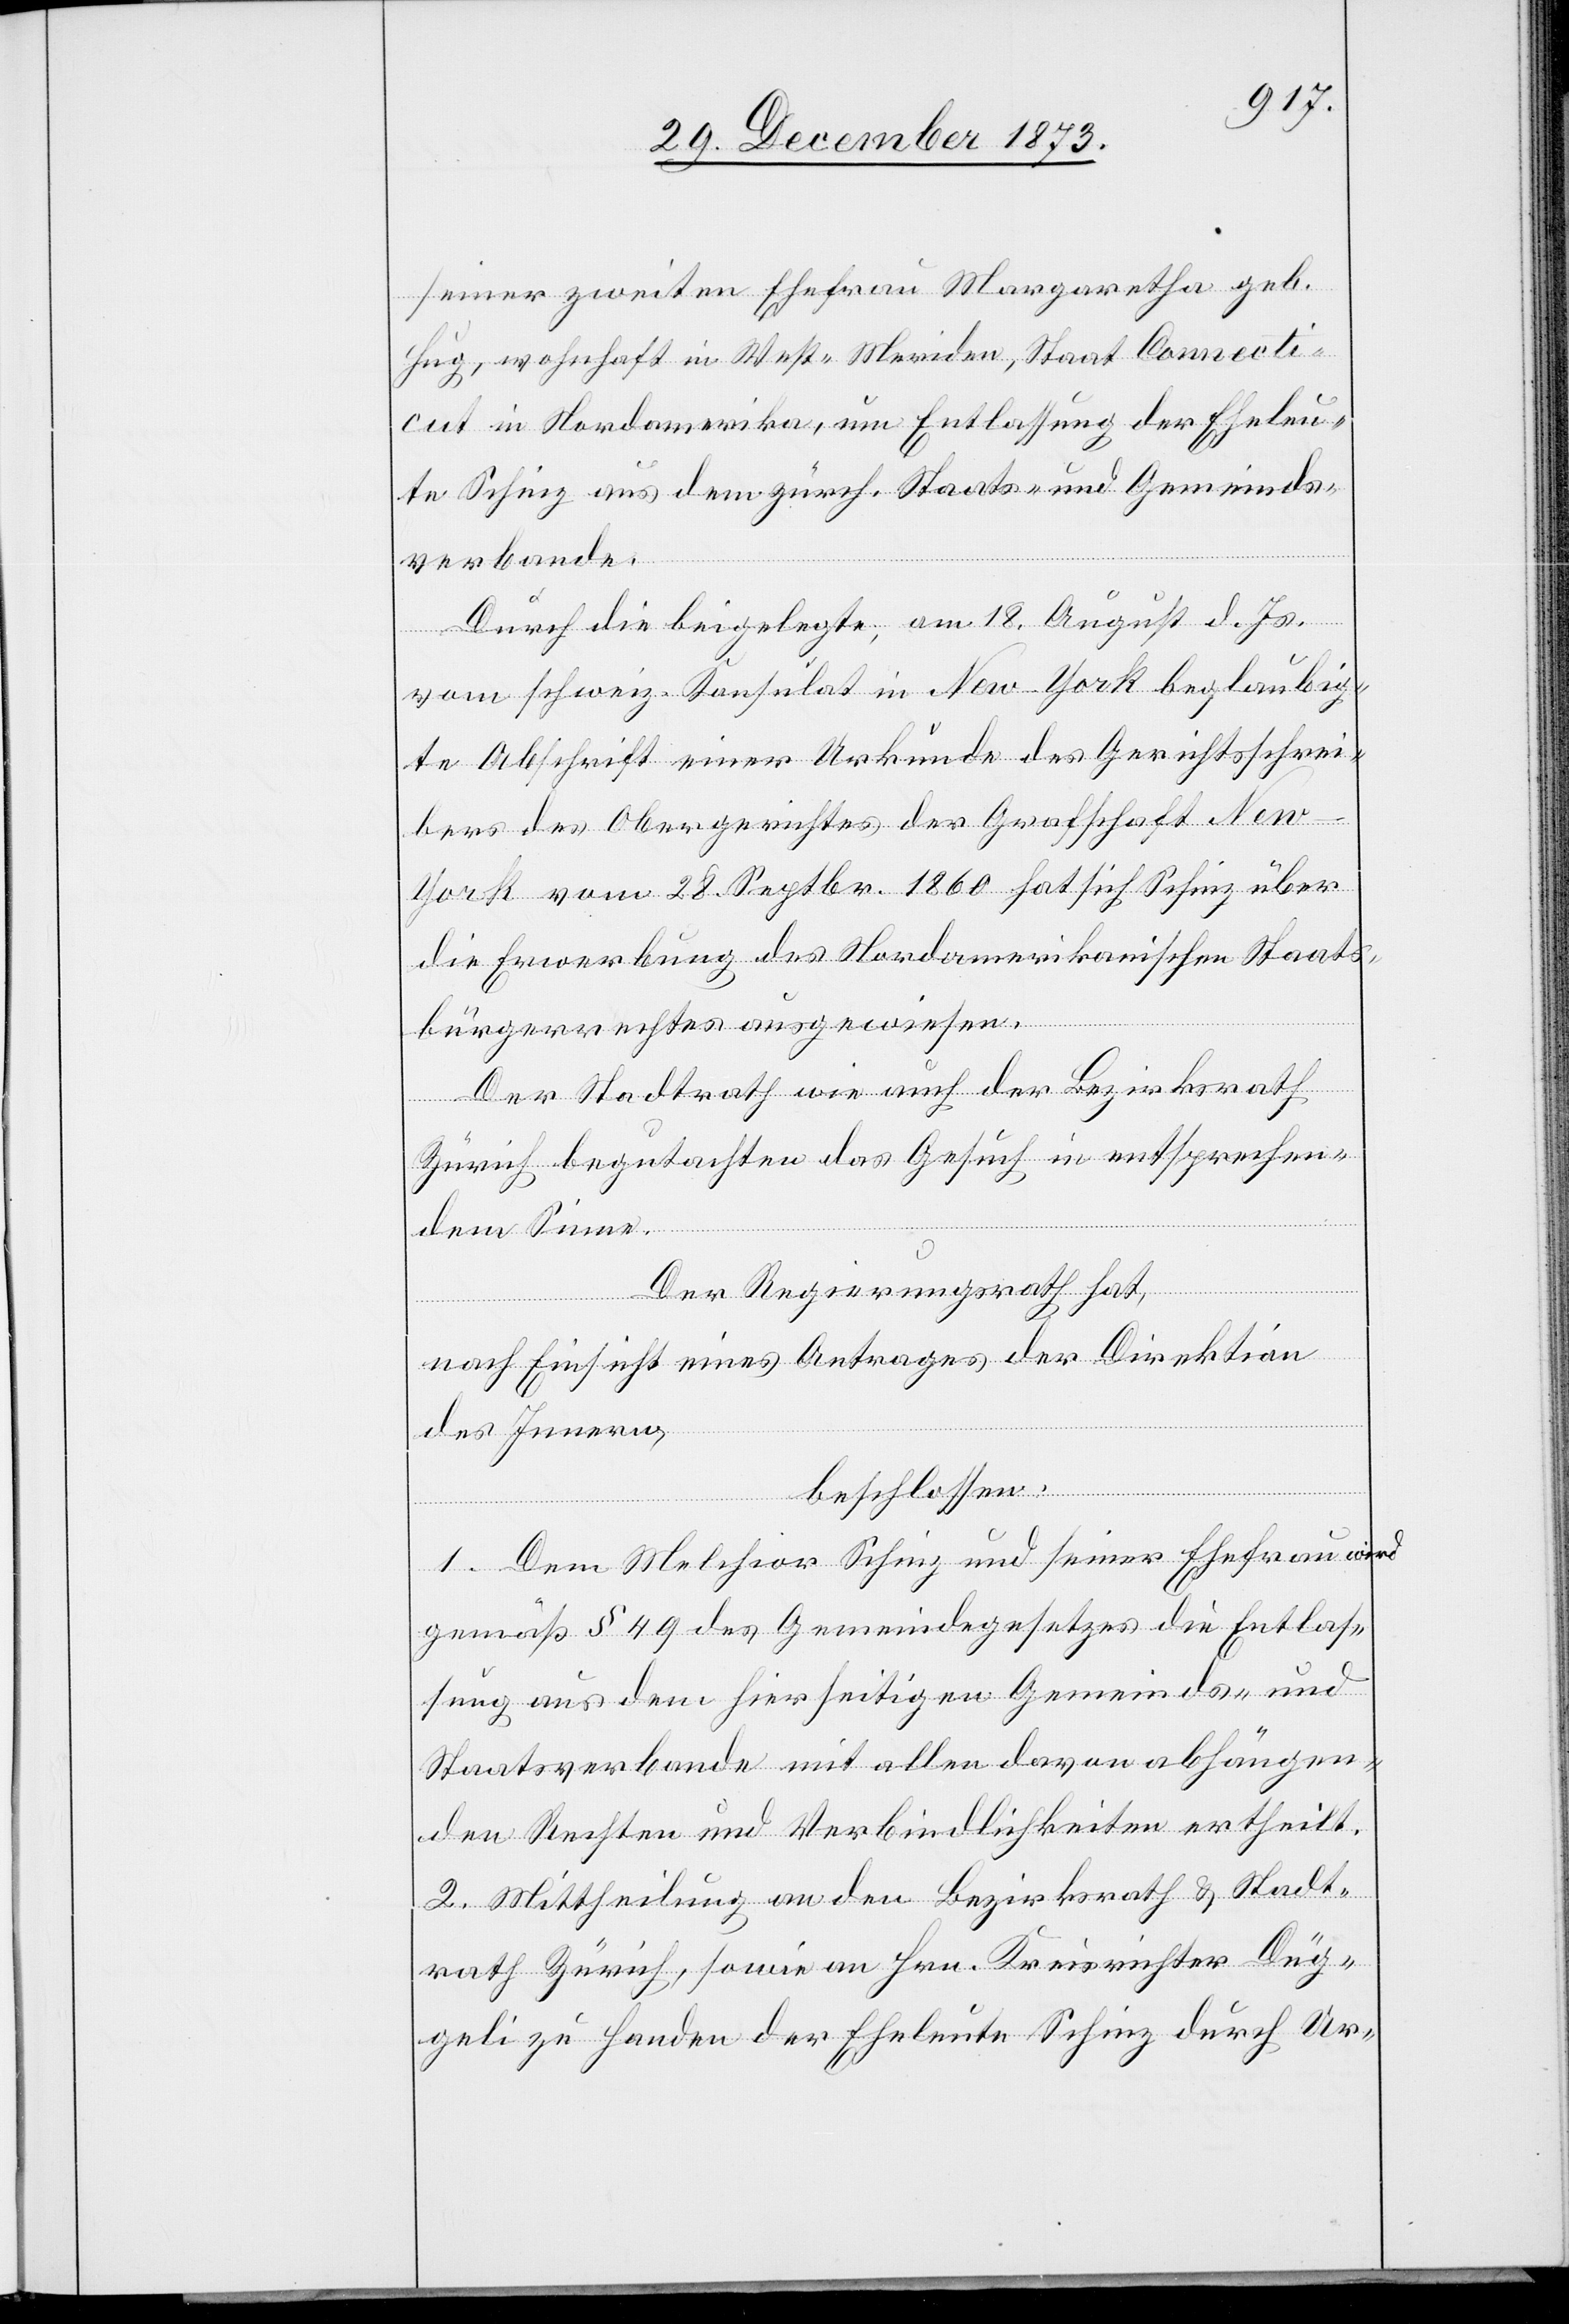
seiner zweiten Ehefrau Margaretha geb.
Hug, wohnhaft in West-Meriden, Staat Connecti¬
cut in Nordamerika, um Entlassung der Eheleu¬
te Schinz aus dem zürch. Staats- und Gemeinds¬
verbande.
Durch die beigelegte, am 18. August d. Js.
vom schweiz. Konsulat in New-York beglaubig¬
te Abschrift einer Urkunde des Gerichtsschrei¬
bers des Obergerichtes der Grafschaft Ne¬
w-York vom 28. Septbr. 1860 hat sich Schinz über
die Erwerbung des Nordamerikanischen Staats¬
bürgerrechtes ausgewiesen.
Der Stadtrath wie auch der Bezirksrath
Zürich begutachten das Gesuch in entsprechen¬
dem Sinne.
Der Regierungsrath hat,
nach Einsicht eines Antrages der Direktion
des Innern,
beschlossen:
1. Dem Melchior Schinz und seiner Ehefrau wird
gemäß § 49 des Gemeindegesetzes die Entlas¬
sung aus dem hierseitigen Gemeinds- und
Staatsverbande mit allen davon abhängen¬
den Rechten und Verbindlichkeiten ertheilt.
2. Mittheilung an den Bezirksrath & Stadt¬
rath Zürich, sowie an Hrn. Kreisrichter Düg¬
geli zu Handen der Eheleute Schinz durch Ur-